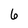
Character: 6